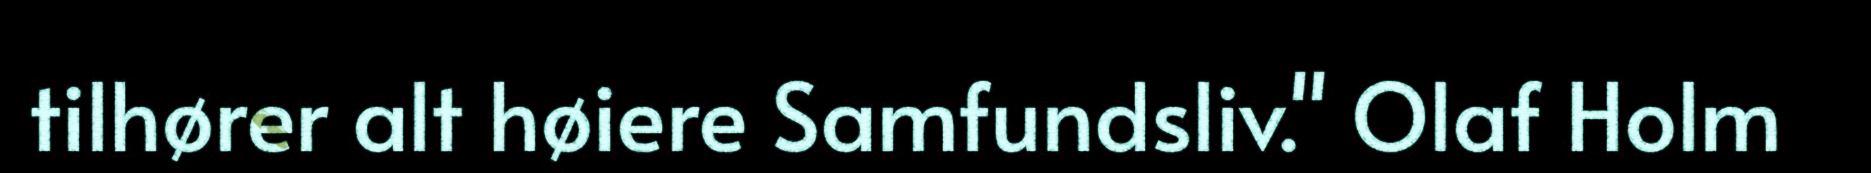
tilhører alt høiere Samfundsliv." Olaf Holm